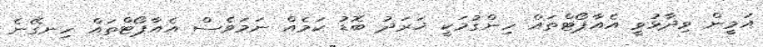
އަމީން ވިދާޅުވީ އެއާޕޯޓްތައް ހިންގުމަކީ ޚަރަދު ބޮޑު ކަމެއް ނަމަވެސް އެއާޕޯޓްތައް ހިނގޭނެ